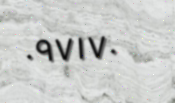
٠٩٧١٧٠